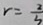
r = \frac { 2 } { 3 }